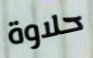
حلاوة